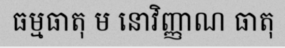
ធម្មធាតុ ម នោវិញ្ញាណ ធាតុ